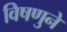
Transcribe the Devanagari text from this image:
विषणुने